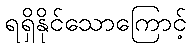
ရရှိနိုင်သောကြောင့်